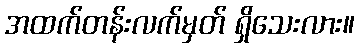
အထက်တန်းလက်မှတ် ရှိသေးလား။